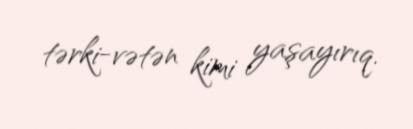
tərki-vətən kimi yaşayırıq.